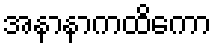
အနာနာကထိကော